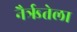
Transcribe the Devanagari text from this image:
नैर्ऋतेला